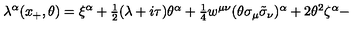
\lambda ^ { \alpha } ( x _ { + } , \theta ) = \xi ^ { \alpha } + \textstyle { \frac { 1 } { 2 } } ( \lambda + i \tau ) \theta ^ { \alpha } + \textstyle { \frac { 1 } { 4 } } w ^ { \mu \nu } ( \theta \sigma _ { \mu } \tilde { \sigma } _ { \nu } ) ^ { \alpha } + 2 \theta ^ { 2 } \zeta ^ { \alpha } -